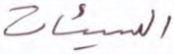
السيئات